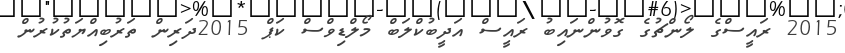
2015 ރައީސްގެ ލޯންޗުގެ ގޮވުންނައިބު ރައީސް އަދީބުކްލަބް މޯލްޑިވްސް ކަޕް 2015ދަރިން ތަރުބިއްޔަތުކުރުން